Notes on vaccination in the North-West Frontier Province 1923-1928 - 1923-1928
Year: 1923
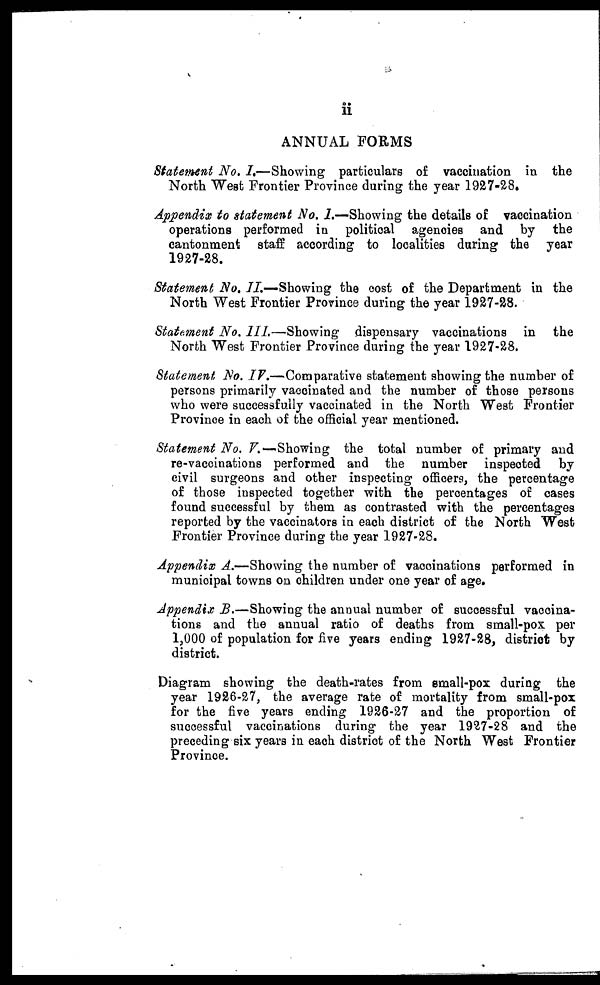
ii
ANNUAL FORMS
Statement No. I.—Showing
particulars of vaccination in the
North West Frontier Province during the year 1927-28.
Appendix to statement No. I.—Showing the details of vaccination
operations performed in political agencies and by the
cantonment staff according to localities during the year
1927-28.
Statement No. II.—Showing the cost of the Department in the
North West Frontier Province during the year 1927-28.
Statement No. III.—Showing
dispensary vaccinations in the
North West Frontier Province during the year 1927-28.
Statement, No. IV.—Comparative statement showing the number of
persons primarily vaccinated and the number of those persons
who were successfully vaccinated in the North West Frontier
Province in each of the official year mentioned.
Statement No. V.— Showing the total number of primary and
re-vaccinations performed and the number inspected by
civil surgeons and other inspecting officers, the percentage
of those inspected together with the percentages of oases
found successful by them as contrasted with the percentages
reported by the vaccinators in each district of the North West
Frontier Province during the year 1927-28.
Appendix A.—Showing the number of vaccinations performed in
municipal towns on children under one year of age.
Appendix B.—Showing the annual number of successful vaccina-
tions and the annual ratio of deaths from small-pox per
1,000 of population for five years ending 1927-28, district by
district.
Diagram showing the death-rates from small-pox during the
year 1926-27, the average rate of mortality from small-pox
for the five years ending 1926-27 and the proportion of
successful vaccinations during the year 1927-28 and the
preceding six years in each district of the North West Frontier
Province.